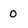
Character: 0